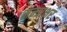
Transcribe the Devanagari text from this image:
मन्त्राक्षर